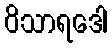
ဝိသာရဒေါ